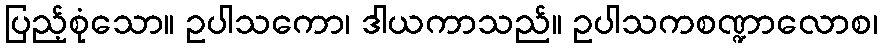
ပြည့်စုံသော။ ဥပါသကော၊ ဒါယကာသည်။ ဥပါသကစဏ္ဍာလောစ၊